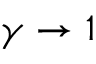
\gamma \rightarrow 1